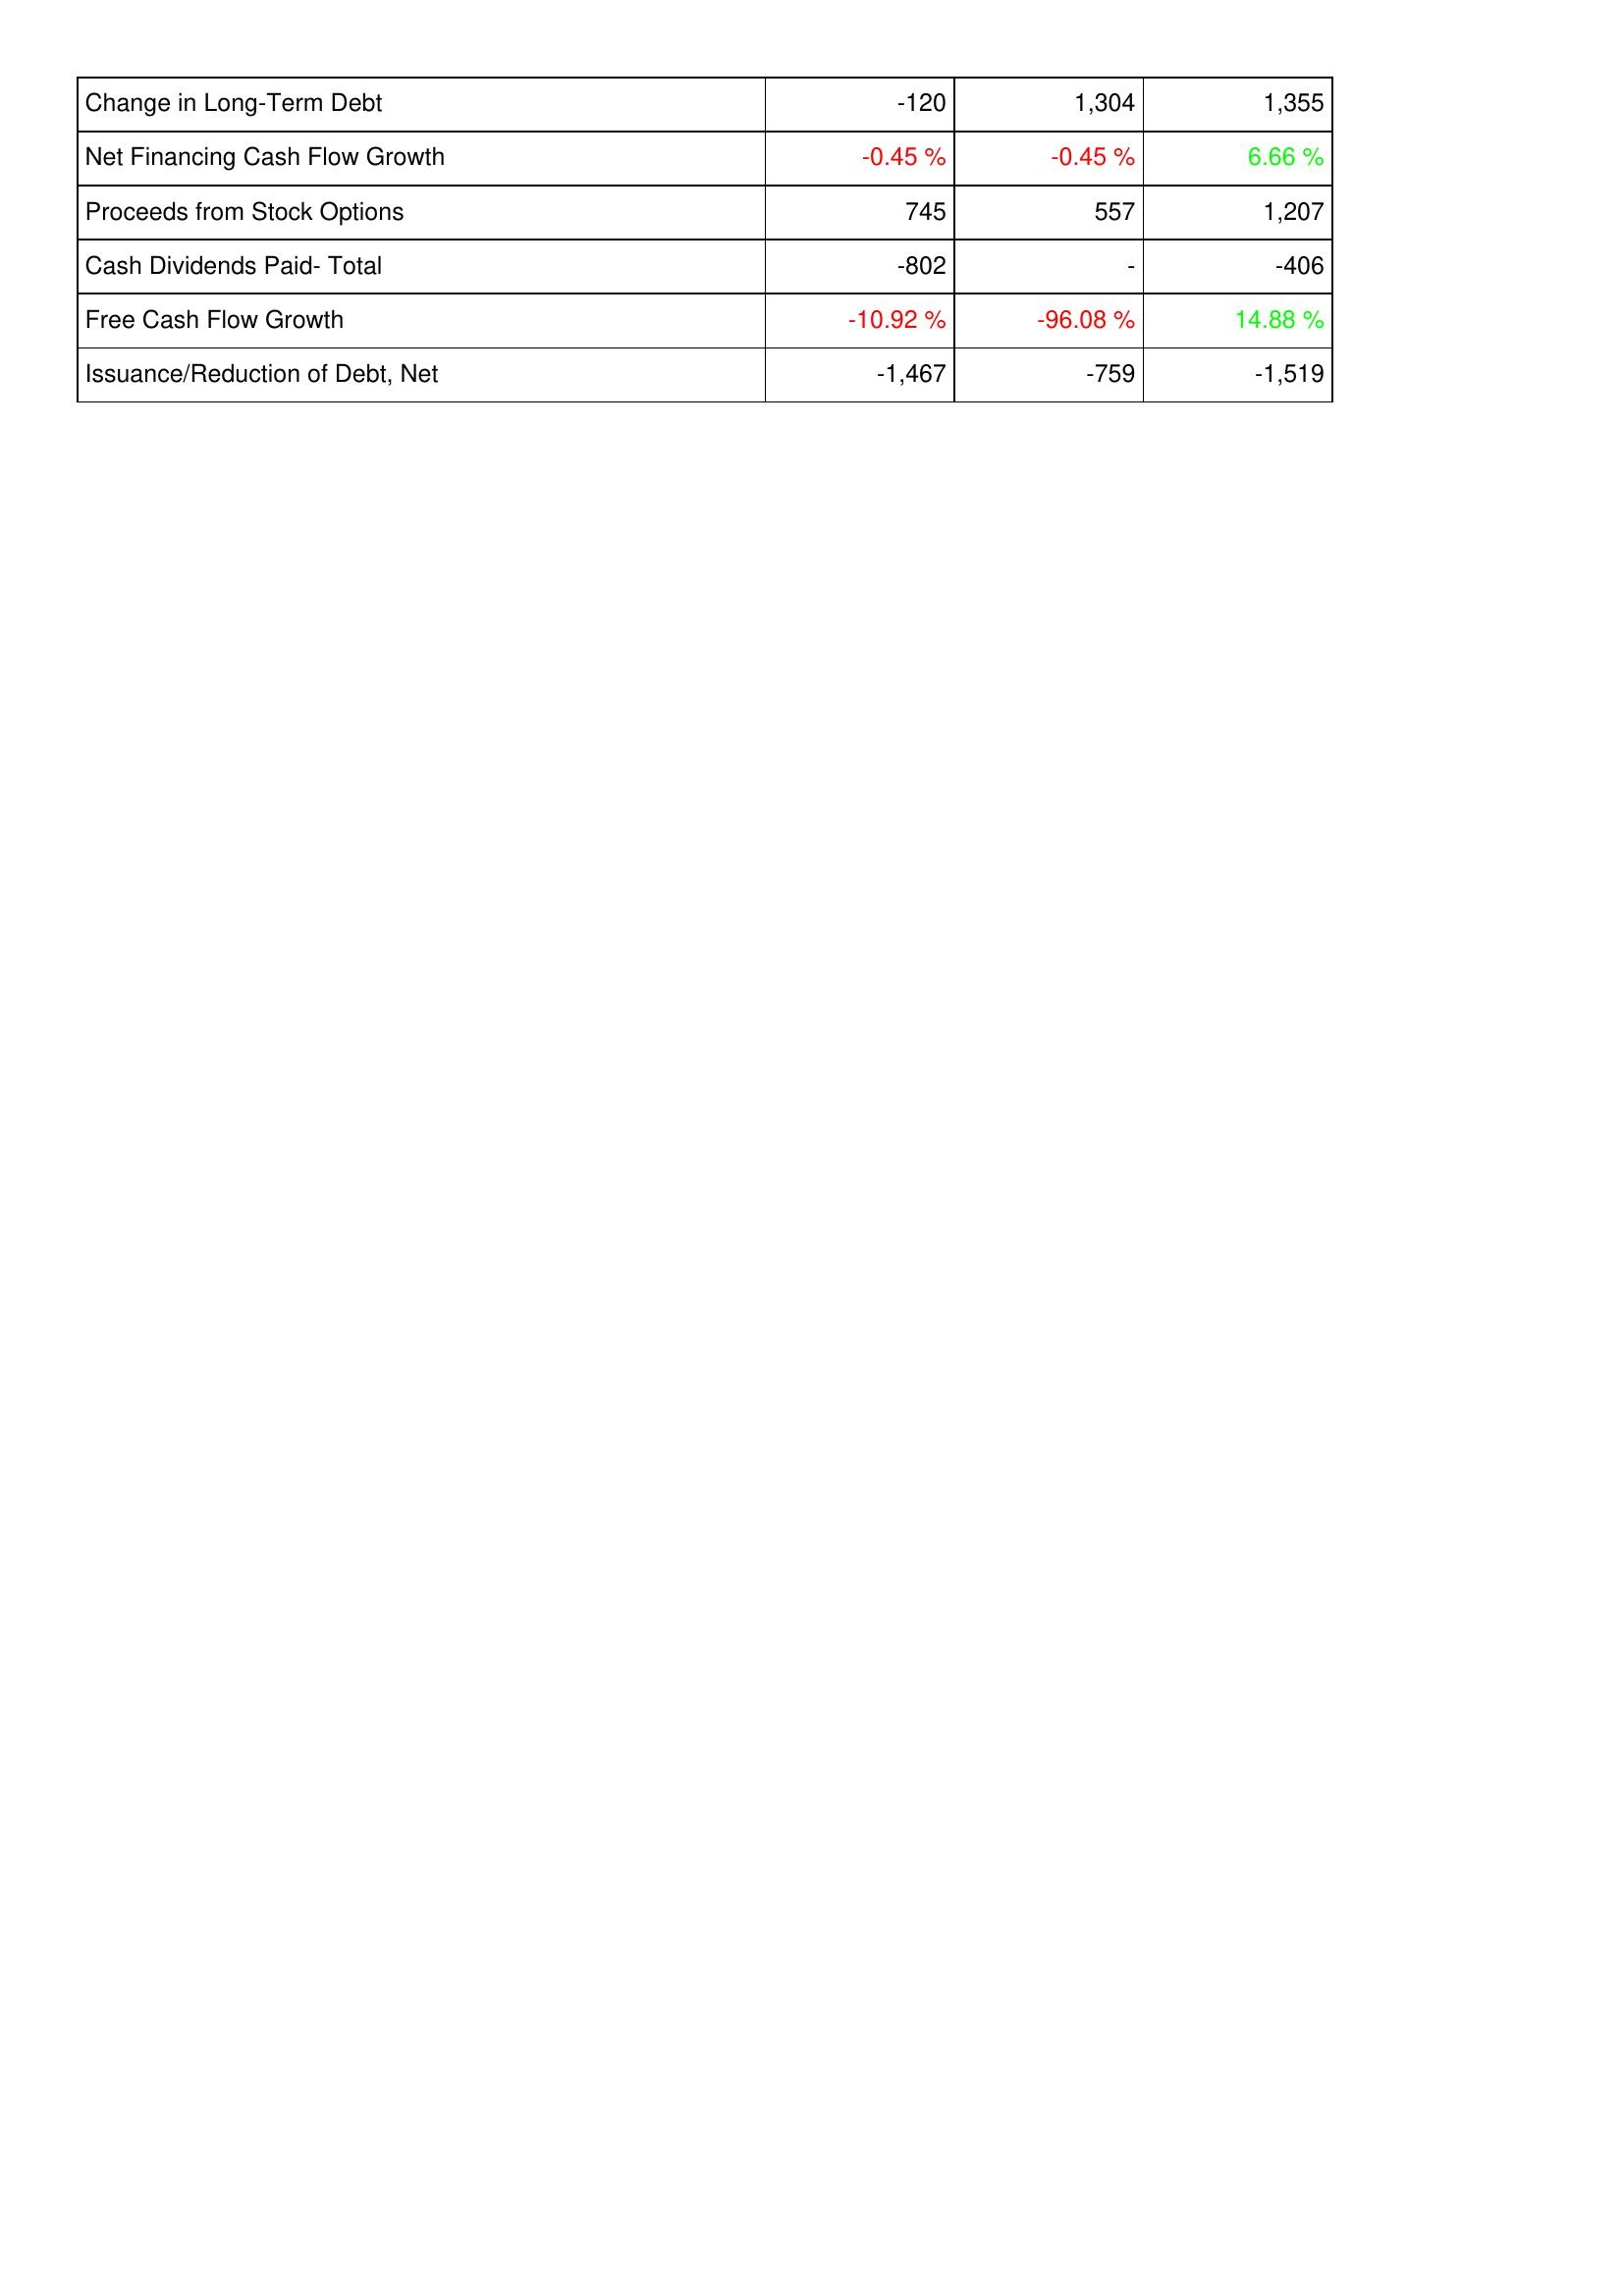
2013: Financing Activities: Change in Long-Term Debt: -120
Net Financing Cash Flow Growth: -0.45 %
Proceeds from Stock Options: 745
Cash Dividends Paid- Total: -802
Free Cash Flow Growth: -10.92 %
Issuance/Reduction of Debt, Net: -1,467
2014: Financing Activities: Change in Long-Term Debt: 1,304
Net Financing Cash Flow Growth: -0.45 %
Proceeds from Stock Options: 557
Cash Dividends Paid- Total: -
Free Cash Flow Growth: -96.08 %
Issuance/Reduction of Debt, Net: -759
2015: Financing Activities: Change in Long-Term Debt: 1,355
Net Financing Cash Flow Growth: 6.66 %
Proceeds from Stock Options: 1,207
Cash Dividends Paid- Total: -406
Free Cash Flow Growth: 14.88 %
Issuance/Reduction of Debt, Net: -1,519